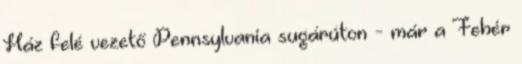
Ház felé vezető Pennsylvania sugárúton - már a Fehér